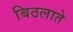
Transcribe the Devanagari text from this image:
बिठलाते